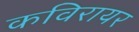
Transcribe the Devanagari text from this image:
कविरायर